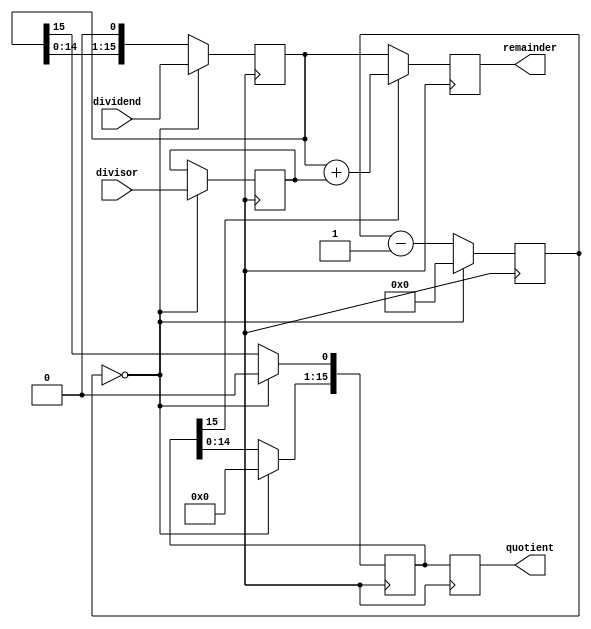
module non_restoring_divider (
    input [15:0] dividend,
    input [15:0] divisor,
    output reg [15:0] quotient,
    output reg [15:0] remainder
);

reg [15:0] A;
reg [15:0] S;
reg [15:0] M;
reg [3:0] count;

always @(posedge clock) begin
    if (count == 0) begin
        A <= dividend;
        S <= divisor;
        M <= 16'b0;
        count <= 4'd16;
    end else begin
        if (A[15] == 1'b1) begin
            A <= A + S;
        end else begin
            A <= A - S;
        end
        
        M <= M << 1;
        M[0] <= A[15];
        A <= A << 1;
        count <= count - 1;
    end
end

always @(posedge clock) begin
    if (M[15] == 1'b1) begin
        quotient <= M;
        remainder <= A + S;
    end else begin
        quotient <= M;
        remainder <= A;
    end
end

endmodule